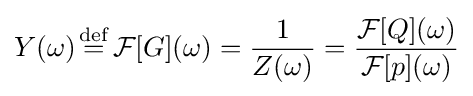
Y(\omega ){\stackrel {\mathrm {def} }{{}={}}}{\mathcal {F}}[G](\omega )={\frac {1}{Z(\omega )}}={\frac {{\mathcal {F}}[Q](\omega )}{{\mathcal {F}}[p](\omega )}}